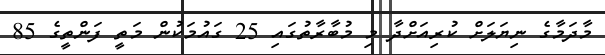
މާދަމާގެ ނިޔަލަށް ކުރިއަށްދާ މި މުބާރާތުގައި 25 ގައުމަކުން މަތީ ފަންތީގެ 85